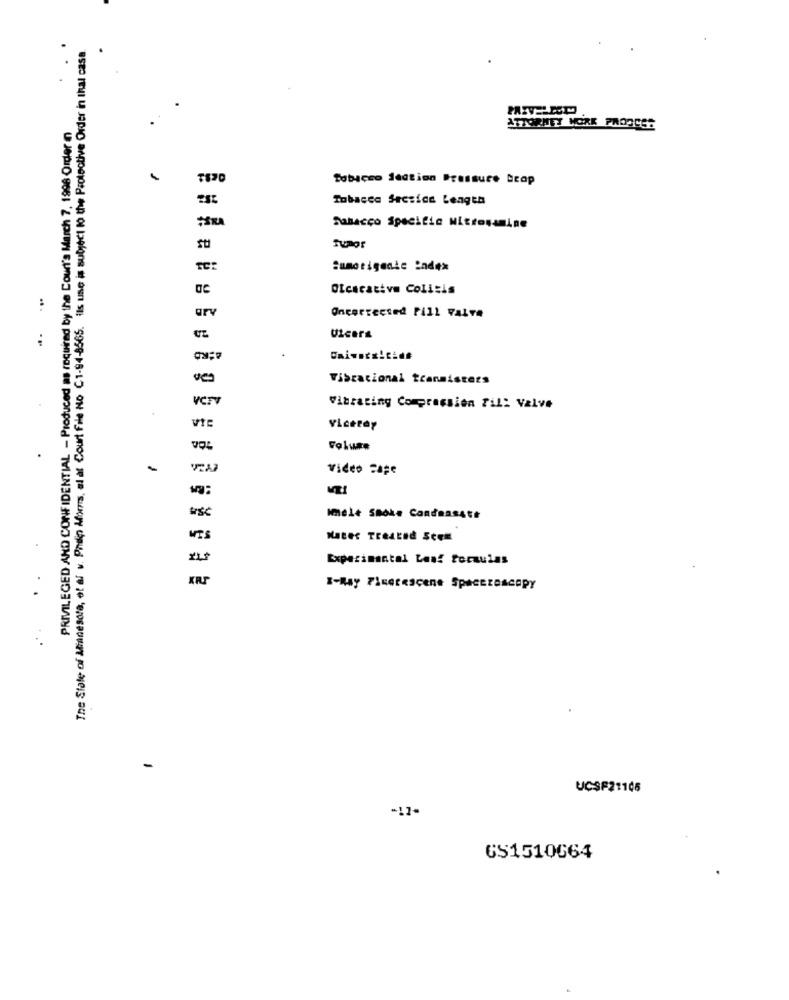
The State of Minnesota, et af v. Philip Alors, al af Court File No C1-94-8565. ils use is subject to the Protective Order in that case.
PRIVILEGED AND CONFIDENTIAL - Produced as required by the Court's March 7, 1998 Order
ATTORNEY WORK PROOCES
Tobacco Section Pressure Drop
Tobacco Seesice Length
Hu
Sanacco Specific Nitrosamine
Tumor
TE:
Sumotigente index
Otcscative Colitis
:
Oncerteesed Pill Faire
arv
..
ULcera
Vibracional tranmisters
Vibrating Compression Fil: Valve
VIE
Viceroy
voz
Folwee
Video Page
Imele Snoke Condansatt
WTS
Hacer Treated SCEMl
Experimental Les! formulas
X-Ray Finorascene SpaceroAcopy
-
UCSF21106
-17-
GS1510664